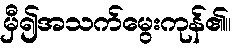
မှီ၍အသက်မွေးကုန်၏။